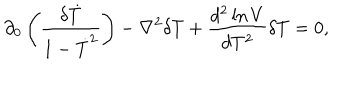
LaTeX: \partial _ { 0 } \left( \frac { \delta \dot { T } } { 1 - \dot { T } ^ { 2 } } \right) - \nabla ^ { 2 } \delta T + \frac { d ^ { 2 } \ln V } { d T ^ { 2 } } \delta T = 0 ,